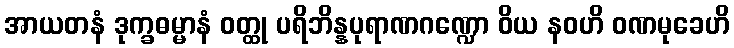
အာယတနံ ဒုက္ခဓမ္မာနံ ဝတ္ထု ပရိဘိန္နပုရာဏဂဏ္ဍော ဝိယ နဝဟိ ဝဏမုခေဟိ